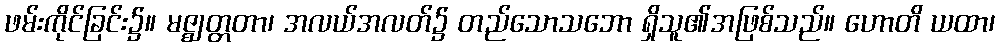
ဖမ်းကိုင်ခြင်း၌။ မဇ္ဈတ္တတာ၊ အလယ်အလတ်၌ တည်သောသဘော ရှိသူ၏အဖြစ်သည်။ ဟောတိ ယထာ၊